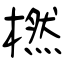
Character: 橪